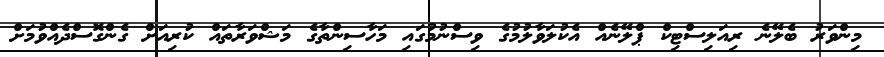
މިންވަރު ބެލޭނެ ރިއަލިސްޓިކް ޕްލޭނެއް އެކުލަވާލުމުގެ ވިސްނުމުގައި މަހާސިންތާގެ މަޝްވަރާތައް ކުރިއަށް ގެންގޮސްދެއްވުމަށް